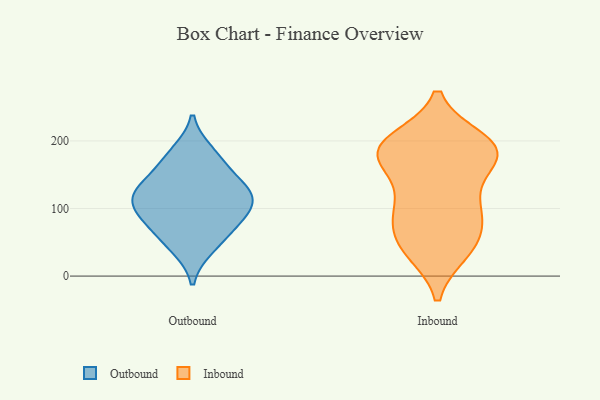
{"axis": {"x": "Tickets Resolved", "y": "Value"}, "legend": ["Inbound", "Outbound"], "data": [{"x": "", "y": 137, "type": "Outbound"}, {"x": "", "y": 112, "type": "Outbound"}, {"x": "", "y": 65, "type": "Outbound"}, {"x": "", "y": 184, "type": "Outbound"}, {"x": "", "y": 124, "type": "Outbound"}, {"x": "", "y": 163, "type": "Outbound"}, {"x": "", "y": 83, "type": "Outbound"}, {"x": "", "y": 117, "type": "Outbound"}, {"x": "", "y": 94, "type": "Outbound"}, {"x": "", "y": 41, "type": "Outbound"}, {"x": "", "y": 174, "type": "Inbound"}, {"x": "", "y": 190, "type": "Inbound"}, {"x": "", "y": 110, "type": "Inbound"}, {"x": "", "y": 195, "type": "Inbound"}, {"x": "", "y": 187, "type": "Inbound"}, {"x": "", "y": 102, "type": "Inbound"}, {"x": "", "y": 194, "type": "Inbound"}, {"x": "", "y": 75, "type": "Inbound"}, {"x": "", "y": 40, "type": "Inbound"}, {"x": "", "y": 175, "type": "Inbound"}, {"x": "", "y": 37, "type": "Inbound"}, {"x": "", "y": 58, "type": "Inbound"}, {"x": "", "y": 200, "type": "Inbound"}, {"x": "", "y": 174, "type": "Inbound"}, {"x": "", "y": 175, "type": "Inbound"}, {"x": "", "y": 40, "type": "Inbound"}, {"x": "", "y": 90, "type": "Inbound"}, {"x": "", "y": 112, "type": "Inbound"}]}